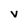
Character: V